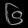
Digit: ၆